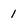
Character: 1